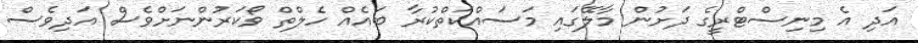
އަދި އެ މިނިސްޓްރީގެ ދަށުން މާލޭގައި މަސައްކަތްކުރާ ބައެއް ހެލްތް ވޯކަރުންނަށްވެސް އަދިވެސް